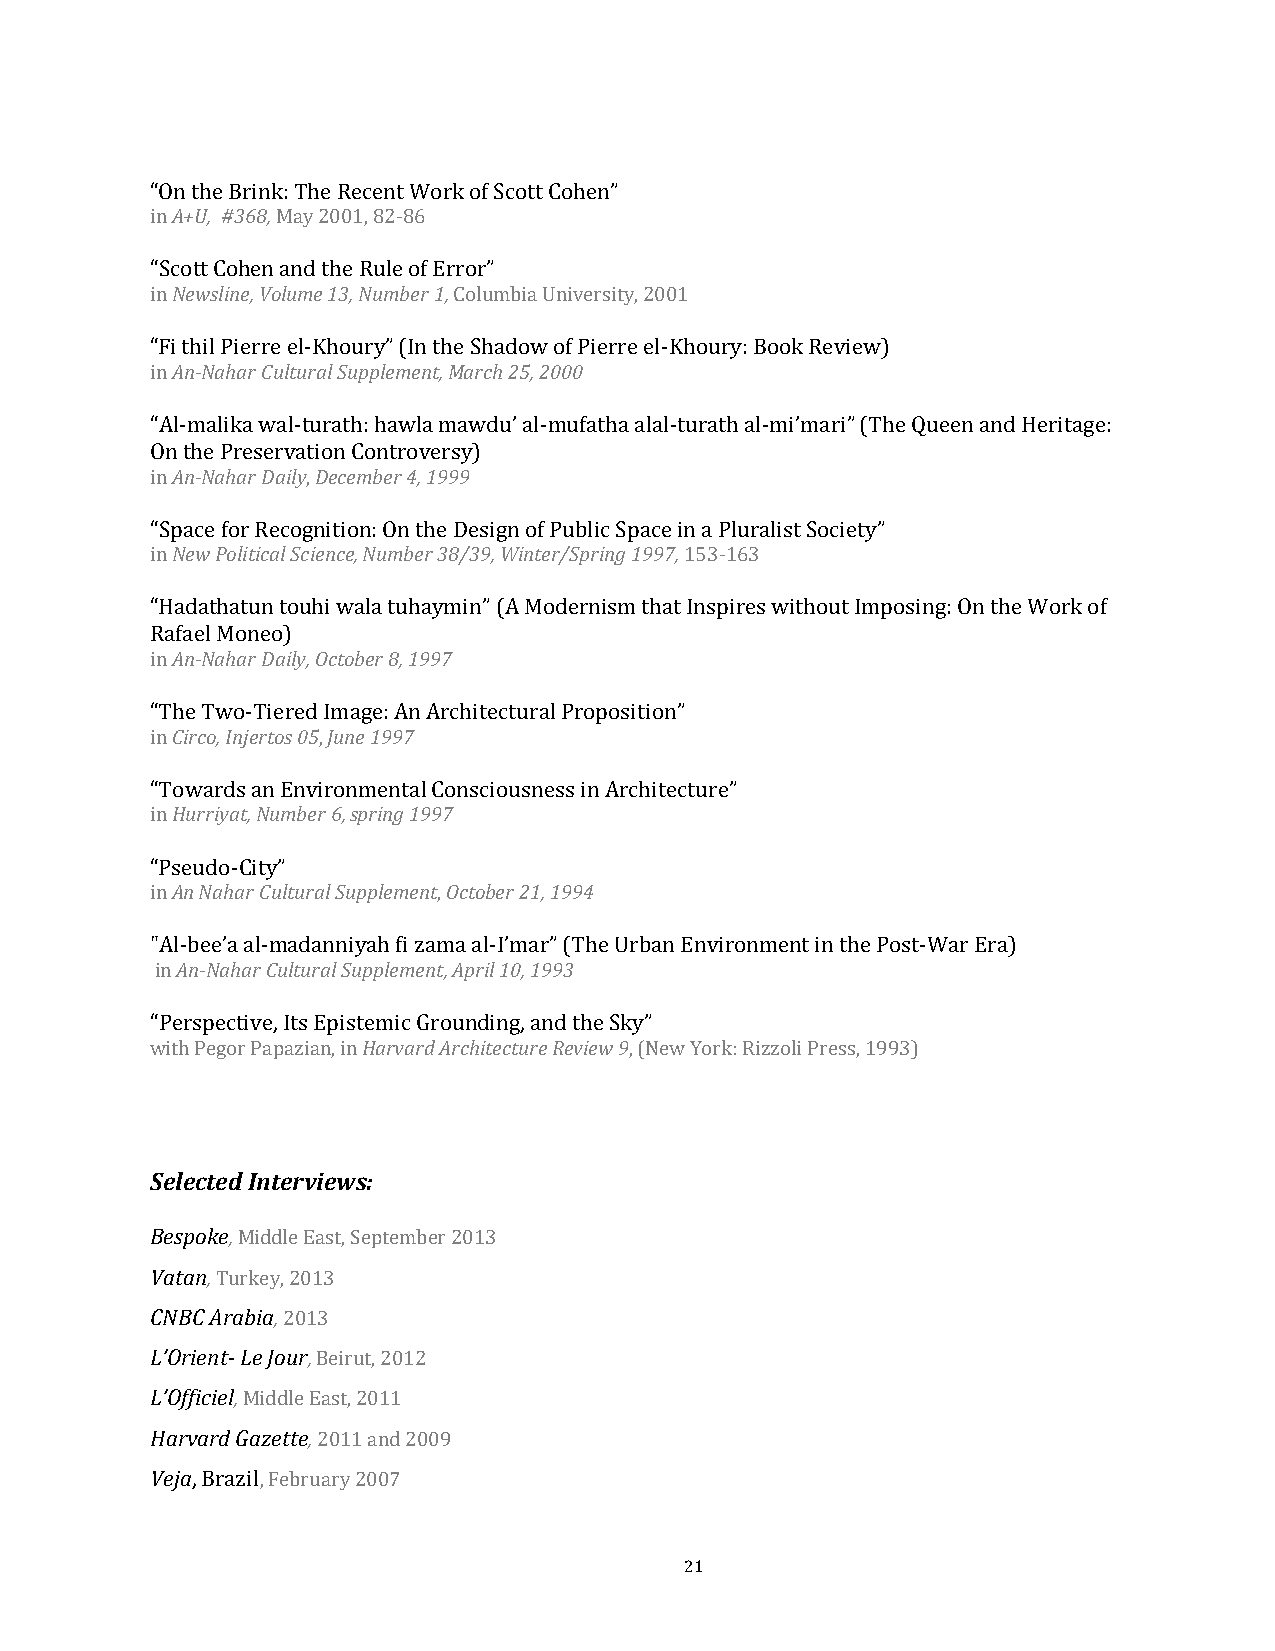
A+U, #368,
 “On the Brink: The Recent Work of Scott Cohen”
 in      May 2001, 82-86
 Newsline, Volume 13, Number 1,
 “Scott Cohen and the Rule of Error”
 in                  Columbia University, 2001
 An-Nahar Cultural Supplement,March 25, 2000
 “Fi thil Pierre el-Khoury” (In the Shadow of Pierre el-Khoury: Book Review)
 in
 “AAl-nm-Naalihkaar wDaaill-ytuDreactehm: bhearw 4l, a1 9m9a9w du’ al-mufatha alal-turath al-mi’mari” (The Queen and Heritage:
 On the Preservation Controversy)
 in        ,
 New Political Science, Number 38/39, Winter/Spring 1997,
 “Space for Recognition: On the Design of Public Space in a Pluralist Society”
 in                                 153-163
 “HAand-aNtahhaatru Dn atiolyu,hOic wtoablear t8u, 1h9a9y7min” (A Modernism that Inspires without Imposing: On the Work of
 Rafael Moneo)
 in
 Circo, Injertos 05 June 1997
 “The Two-Tiered Image: An Architectural Proposition”
 in         ,
 Hurriyat,Number 6,spring 1997
 “Towards an Environmental Consciousness in Architecture”
 in
 An Nahar Cultural Supplement October 21, 1994
 “Pseudo-City”
 in                 ,
 An-Nahar Cultural Supplement,April 10, 1993
 "Al-bee’a al-madanniyah fi zama al-I’mar” (The Urban Environment in the Post-War Era)
 in
 Harvard Architecture Review 9
 “ Perspective, Its Epistemic Grounding, and the Sky”
 w ith Pegor Papazian, in        , (New York: Rizzoli Press, 1993)
 Selected Interviews:
 Bespoke,
 Vatan,
 Middle East, September 2013
 CNBC A Tr ua rb ki ea y, , 2013
 L’Orient- Le Jo 2u 0r 1, 3
 L’Officiel,
 Beirut, 2012
 Harvard G Ma iz de dt lt ee ,E ast, 2011
 Veja
 2011 and 2009
 , Brazil, February 2007
 21